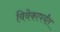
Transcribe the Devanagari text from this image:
विवेकापर्यंत